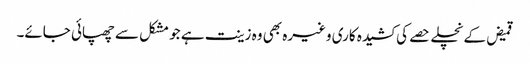
قمیض کے نچلے حصے کی کشیدہ کاری وغیرہ بھی وہ زینت ہے جو مشکل سے چھپائی جائے۔